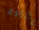
باللوم